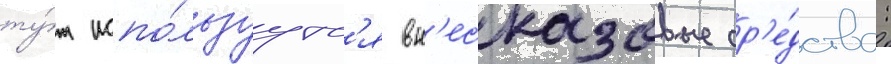
ту́т испо́льзуутс'я вн'есказовые ср'е́дства: